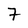
Character: 7